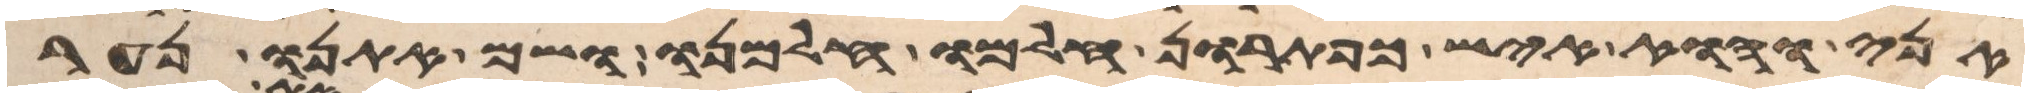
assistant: אני והוא איש כפתרון חלמו חלמנו ושם אתנו נער